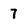
Character: 7